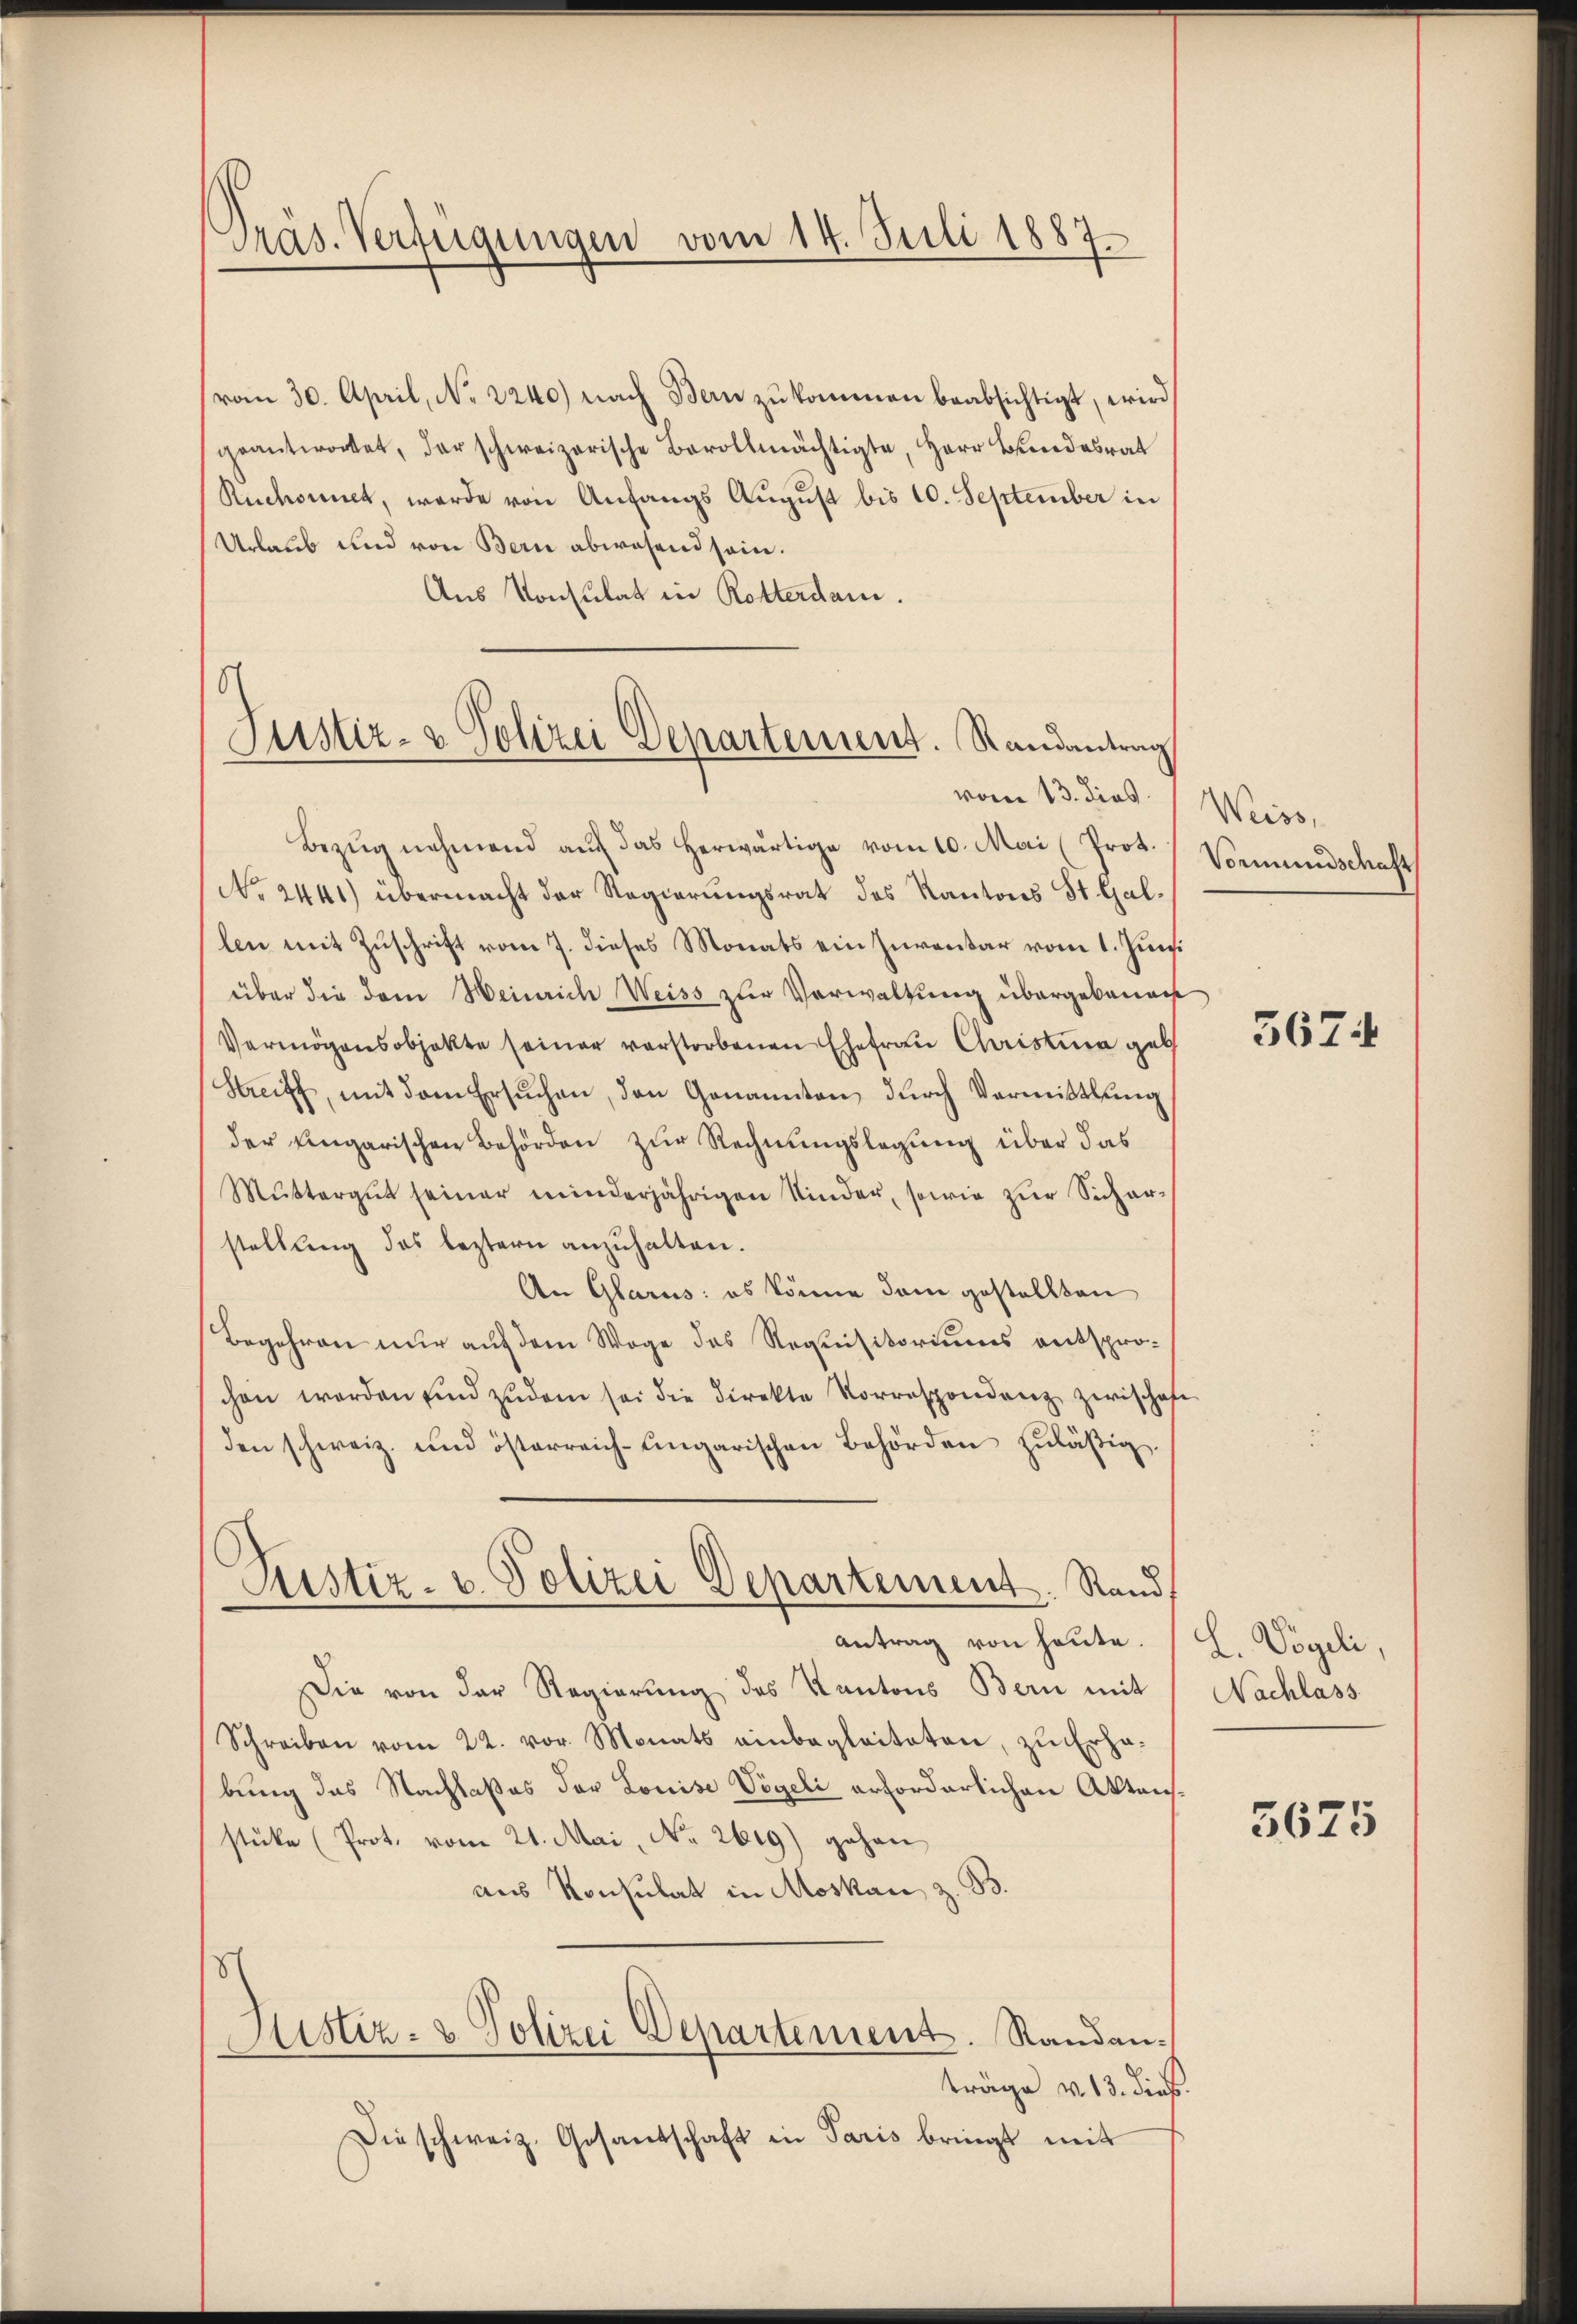
Präs. Verfügungen vom 14. Juli 1887

vom 30. April, No. 2240) nach Bern zu kommen beabsichtigt, wird
geantwortet, der schweizerische Bevollmächtigte, Herr Bundesrat
Ruchornet, werde von Anfangs August bis 10. September in
Urlaub und von Bern abwesend sein.
Aus Konsulat in Rotterdam.

8
Justiz- & Polizei Departement. Randantrag

Bezŭg nehmend auf das herwärtige vom 10. Mai (Prot.
No. 2441) übermacht der Regierungsrat des Kantons St. Gallen mit Zuschrift vom 7. dieses Monats ein Inventar vom 1. Juni
über die dem Heinrich Weiss zur Verwaltung übergebenac
Vermögensobjekte seiner verstorbenen Ehefrau Christina geb
Streiff, mit dem Ersŭchen, den Genannten dŭrch Vormittlung
der Eingarischen Behörden zur Rechnungslegung über das
Mŭttergut seiner minderjährigen Kinder, sowie zŭr Sicher-
stellung des leztern anzuhalten.
An Glarus: es könne dem gestellten
Begehren nur auf dem Wage des Requisitoriums entsprochen werden sind zudem sei die Direkte Korrespondenz zwischaft
den schweiz. und österreich-ungarischen Behörden zuläßig.
Pustiz- u. Polizei Departement. Stand
Antrag von heute.
Die von der Regierung des Kantons Bern mit
Schreiben vom 22. vor. Monats einbegleiteten, zŭ Erhabung des Nachlaßes der Louise Vögeli erforderlichen Aktensstüke (Prot. vom 21. Mai, No. 2619) gehen
aus Konsulat in Moskau, z. B.
S
Sistiz- & Polizei Departement. Randanträge v. 13. dieß.
Die schweiz. Gesandschaft in Paris bringt mit

vom 13. dies Weiss,

Vormundschaft

5674

L. Vögeli,
Nachlass

5675